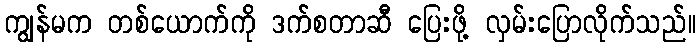
ကျွန်မက တစ်ယောက်ကို ဒက်စတာဆီ ပြေးဖို့ လှမ်းပြောလိုက်သည်။